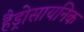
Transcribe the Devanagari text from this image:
हैड्रोसायनिक